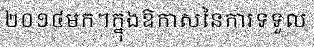
២០១៤មក។ក្នុងឱកាសនៃការទទួល